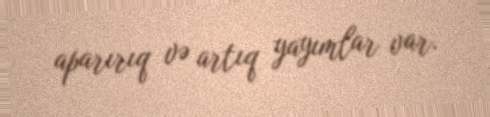
aparırıq və artıq yayımlar var.